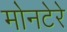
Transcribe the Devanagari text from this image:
मोनटेरे